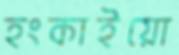
হংকাইয়ো